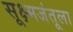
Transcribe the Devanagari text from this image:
सूक्ष्मजंतूला